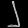
Digit: ၂